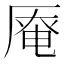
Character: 𠪎